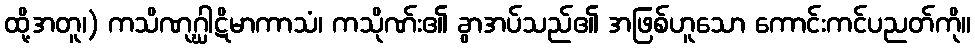
ထို့အတူ၊) ကသိဏုဂ္ဃါဋိမာကာသံ၊ ကသိုဏ်း၏ ခွာအပ်သည်၏ အဖြစ်ဟူသော ကောင်းကင်ပညတ်ကို။